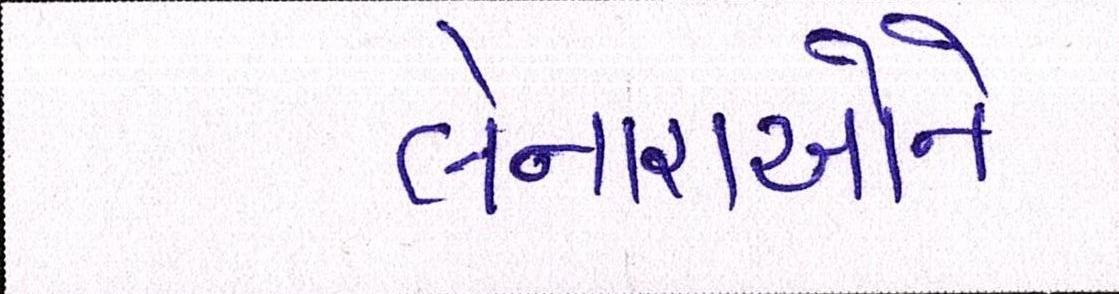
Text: લેનારાઓને